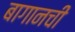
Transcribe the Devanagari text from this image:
बागानची